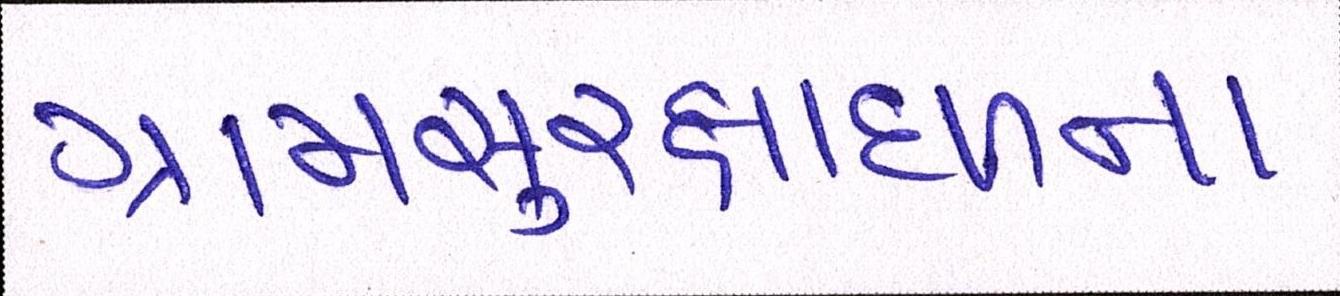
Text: ગ્રામસુરક્ષાદળના